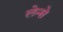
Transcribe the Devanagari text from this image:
लेन्से